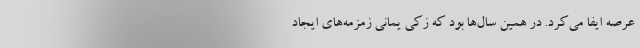
عرصه ایفا می‌کرد. در همین سال‌ها بود که زکی یمانی زمزمه‌های ایجاد